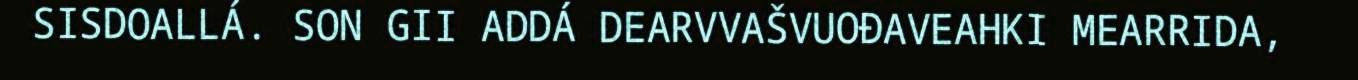
SISDOALLÁ. SON GII ADDÁ DEARVVAŠVUOĐAVEAHKI MEARRIDA,